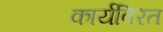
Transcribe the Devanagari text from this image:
कार्यविरत